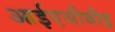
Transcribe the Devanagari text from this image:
आईएसीबीइ